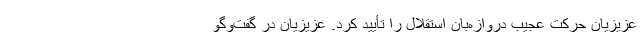
عزیزیان حرکت عجیب دروازه‌بان استقلال را تأیید کرد. عزیزیان در گفت‌وگو